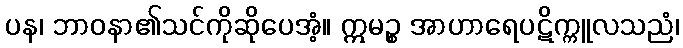
ပန၊ ဘာဝနာ၏သင်ကိုဆိုပေအံ့။ ဣမဉ္စ အာဟာရေပဋိက္ကူလသညံ၊